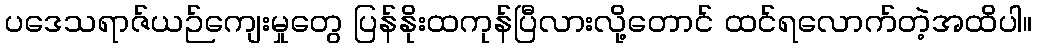
ပဒေသရာဇ်ယဉ်ကျေးမှုတွေ ပြန်နိုးထကုန်ပြီလားလို့တောင် ထင်ရလောက်တဲ့အထိပါ။